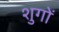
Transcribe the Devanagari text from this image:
शुगों